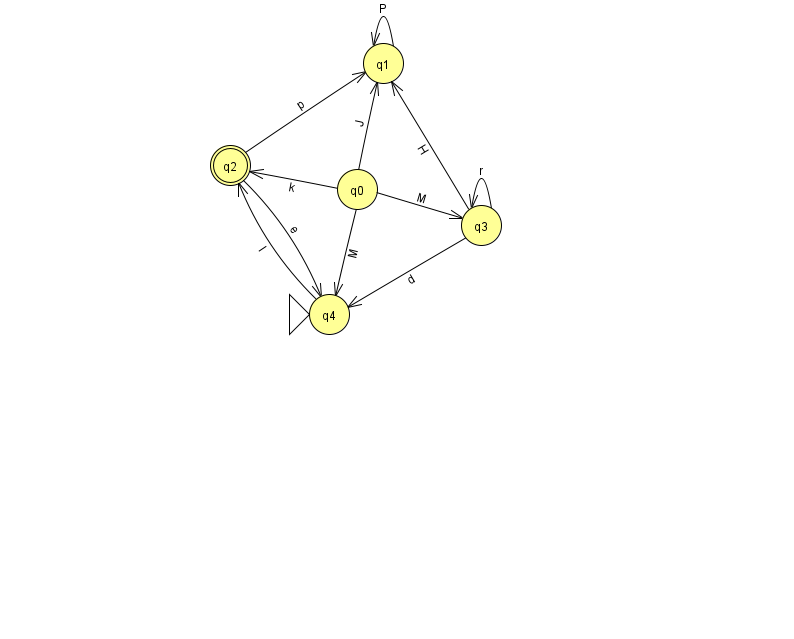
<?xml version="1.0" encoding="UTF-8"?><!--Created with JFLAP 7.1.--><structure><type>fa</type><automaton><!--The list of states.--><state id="0" name="q0"><x>357.0</x><y>176.0</y></state><state id="1" name="q1"><x>383.0</x><y>50.0</y></state><state id="2" name="q2"><x>230.0</x><y>152.0</y><final/></state><state id="3" name="q3"><x>481.0</x><y>212.0</y></state><state id="4" name="q4"><x>329.0</x><y>301.0</y><initial/></state><!--The list of transitions.--><transition><from>1</from><to>1</to><read>P</read></transition><transition><from>0</from><to>2</to><read>k</read></transition><transition><from>3</from><to>3</to><read>r</read></transition><transition><from>0</from><to>3</to><read>M</read></transition><transition><from>2</from><to>1</to><read>p</read></transition><transition><from>2</from><to>4</to><read>e</read></transition><transition><from>0</from><to>1</to><read>J</read></transition><transition><from>0</from><to>4</to><read>M</read></transition><transition><from>3</from><to>4</to><read>d</read></transition><transition><from>3</from><to>1</to><read>H</read></transition><transition><from>4</from><to>2</to><read>l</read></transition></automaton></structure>